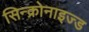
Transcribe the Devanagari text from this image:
सिन्क्रोनाइज्ड